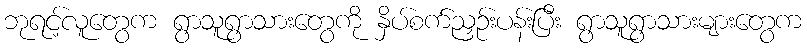
ဘုရင့်လူတွေက ရွာသူရွာသားတွေကို နှိပ်စက်ညှဉ်းပန်းပြီး ရွာသူရွာသားများတွေက